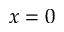
x = 0